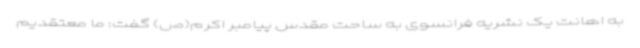
به اهانت یک نشریه فرانسوی به ساحت مقدس پیامبر اکرم(ص) گفت: ما معتقدیم